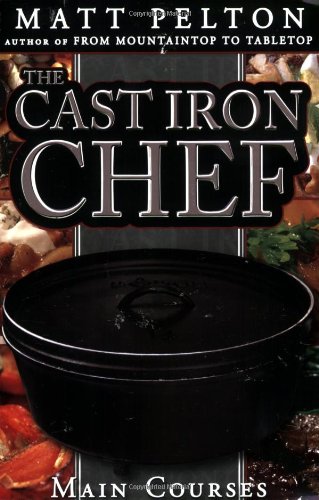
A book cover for The Cast Iron Chef: The Main Course. With a wide range of dishes, and help on how to cook dutch oven in your home, dutch oven cooking has never been easier.; Matt Pelton; Cookbooks, Food & Wine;